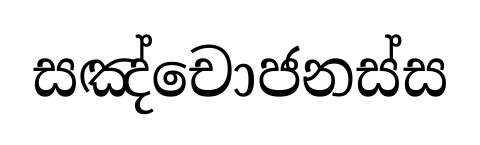
සඤ්චොජනස්ස